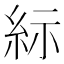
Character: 𱹯